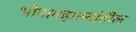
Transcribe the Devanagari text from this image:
भीमामहात्म्यांतील